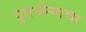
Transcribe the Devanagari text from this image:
पुनर्जन्माचा